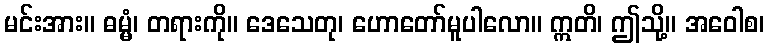
မင်းအား။ ဓမ္မံ၊ တရားကို။ ဒေသေတု၊ ဟောတော်မူပါလော။ ဣတိ၊ ဤသို့။ အဝေါစ၊